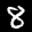
Label: 8